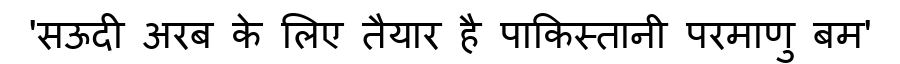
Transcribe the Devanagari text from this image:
'सऊदी अरब के लिए तैयार है पाकिस्तानी परमाणु बम'